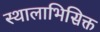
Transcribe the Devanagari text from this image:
स्थालाभिसिक्त